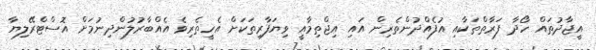
އީޖާދުތައް ހޯދާ ފަރާތްތަކާއި އުފެއްދުންތެރިން އައި އިޖްތިމާއީ ވިޔަފާރިތަކަށް އެހީތެރިވެ އެއްބާރުލުންދިނުމަށް އޮސްޓްރޭލިޔާ